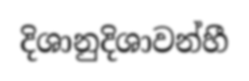
දිශානුදිශාවන්හී